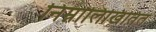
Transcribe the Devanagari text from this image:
निम्नालिखितित